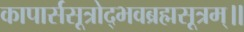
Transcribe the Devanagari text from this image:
कापार्ससूत्रोद्भवब्रह्मसूत्रम्॥